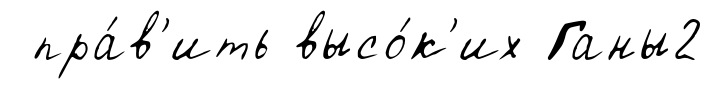
пра́в'ить высо́к'их Ганы2